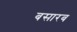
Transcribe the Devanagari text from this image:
बसारब